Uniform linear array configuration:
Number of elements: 8
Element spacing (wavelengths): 0.75
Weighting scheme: hann
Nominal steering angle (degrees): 15
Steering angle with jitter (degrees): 14.877
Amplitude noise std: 0.05
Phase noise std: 0.05

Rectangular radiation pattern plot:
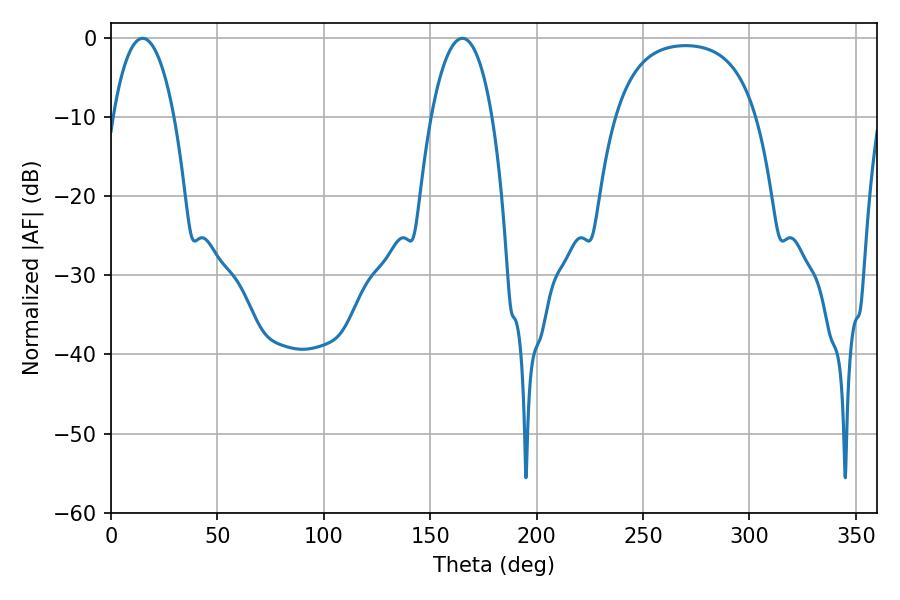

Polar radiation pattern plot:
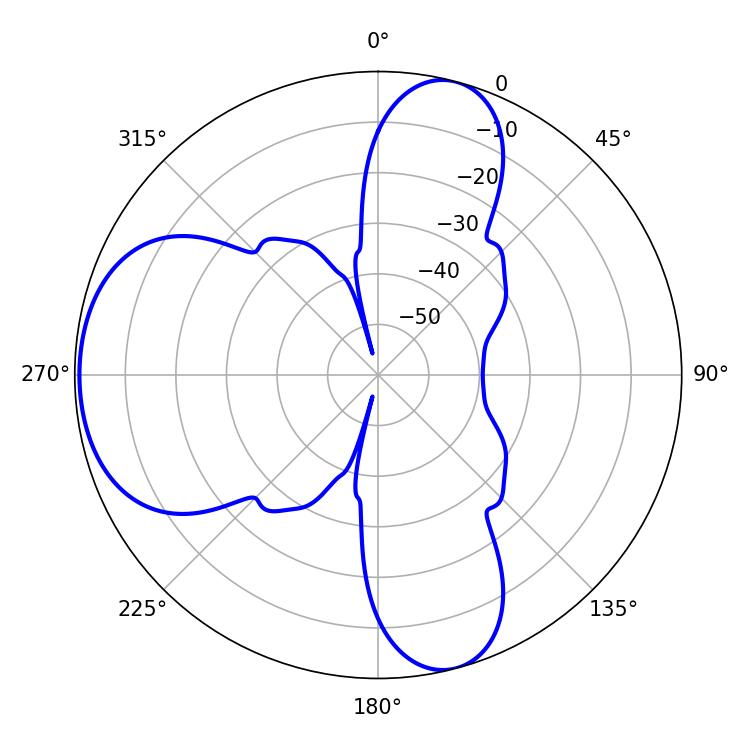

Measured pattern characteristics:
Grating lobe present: TRUE
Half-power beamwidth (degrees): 16.02
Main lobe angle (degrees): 14.94